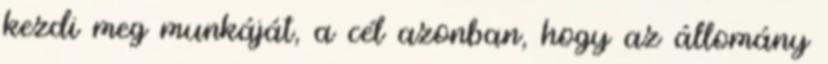
kezdi meg munkáját, a cél azonban, hogy az állomány